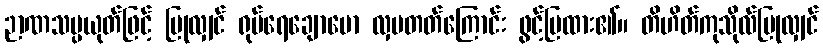
ဉာဏသမ္ပယုတ်ဖြင့် ပြုလျှင် ရုပ်ရေချောမော လှပတတ်ကြောင်း ဖွင့်ပြထား၏။ တိဟိတ်ကုသိုလ်ပြုလျှင်